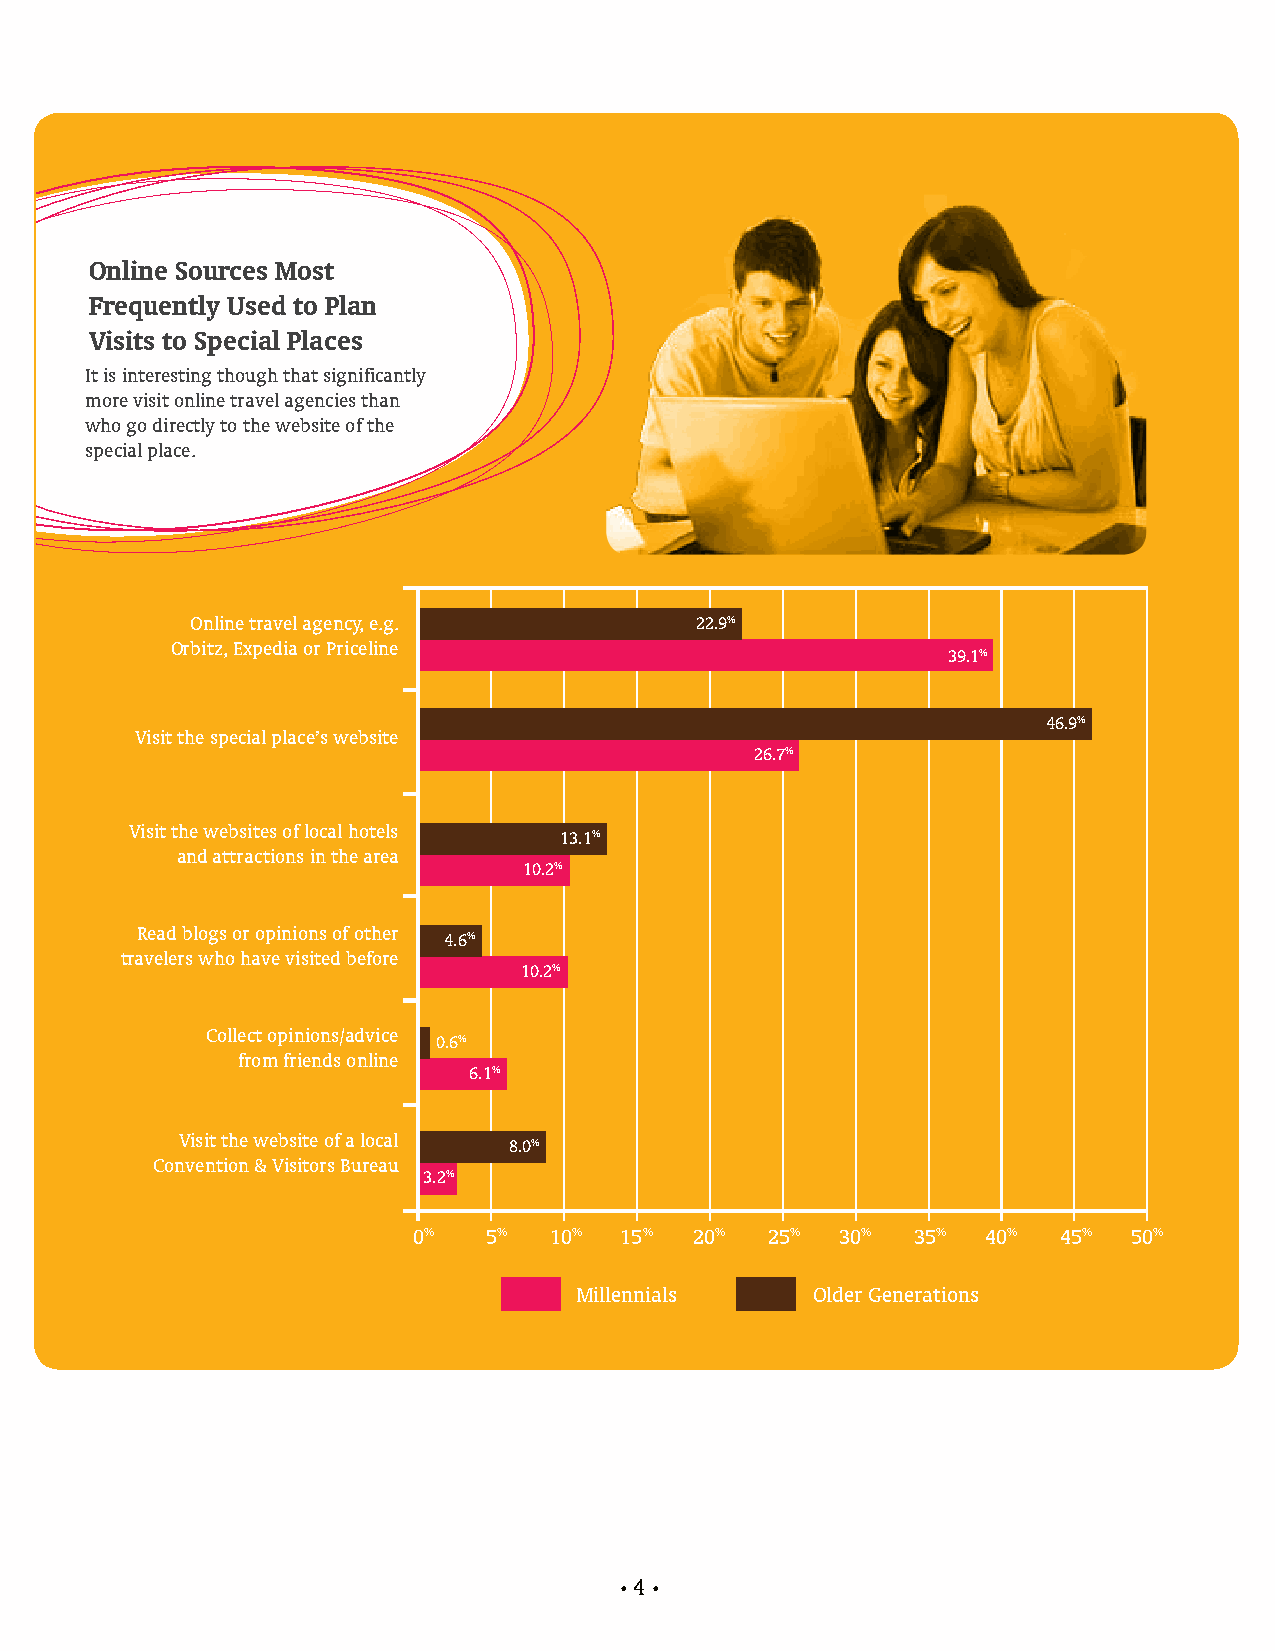
Online Sources Most
 Frequently Used to Plan
 Visits to Special Places
 It is interesting though that significantly
 more visit online travel agencies than
 who go directly to the website of the
 special place.
 Online travel agency, e.g.       22.9%
 Orbitz, Expedia or Priceline
 39.1%
 46.9%
 Visit the special place’s website
 26.7%
 Visit the websites of local hotels
 13.1%
 and attractions in the area
 10.2%
 Read blogs or opinions of other
 4.6%
 travelers who have visited before
 10.2%
 Collect opinions/advice
 0.6%
 from friends online
 6.1%
 Visit the website of a local
 8.0%
 Convention & Visitors Bureau
 3.2%
 0%   5%  10%  15%  20%  25%  30%  35% 40%  45%  50%
 Millennials     Older Generations
 4
 • •